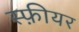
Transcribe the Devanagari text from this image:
स्फ़ीयर